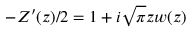
- Z ^ { \prime } ( z ) / 2 = 1 + i \sqrt { \pi } z w ( z )